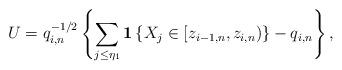
LaTeX: \begin{align*}U=q_{i,n}^{-1/2}\left\{ \sum_{j\leq \eta _{1}}{\bf 1}\left\{ X_{j}\in[z_{i-1,n},z_{i,n})\right\} -q_{i,n}\right\} , \end{align*}